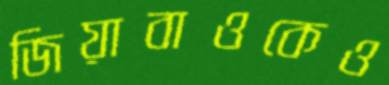
জিয়াবাওকেও